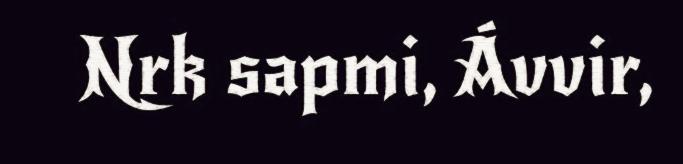
Nrk sapmi, Ávvir,